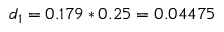
d _ { 1 } = 0 . 1 7 9 * 0 . 2 5 = 0 . 0 4 4 7 5